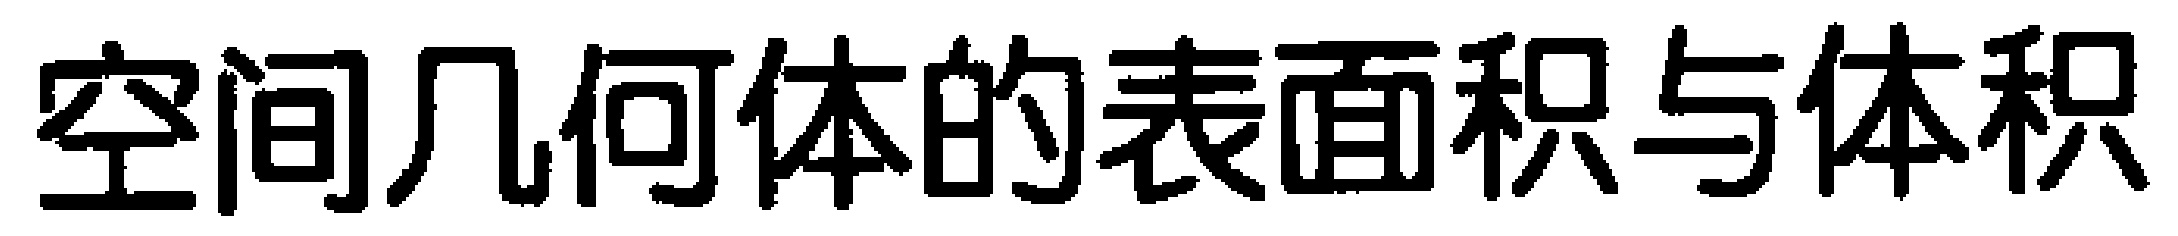
空间几何体的表面积与体积